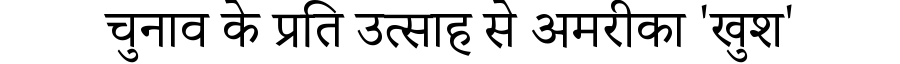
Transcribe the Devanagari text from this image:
चुनाव के प्रति उत्साह से अमरीका 'खुश'